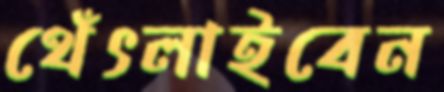
থেঁৎলাইবেন